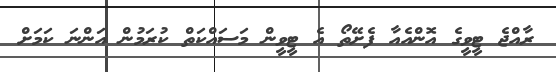
ރާއްޖެ ޓީވީގެ އޮންއެއާ ފެށޭތޯ އެ ޓީވީން މަސައްކަތް ކުރަމުން އަންނަ ކަމަށް